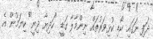
ދަފި ނަގައި ކޯޑި ކުޅިވަރުތައް ނިންމާލާ ގަޑީ "ހަދިޔާ ދިނީ" ކިޔަމުން އެ